Vaccination in Bombay 1889-1901 - 1889-1901
Year: 1889
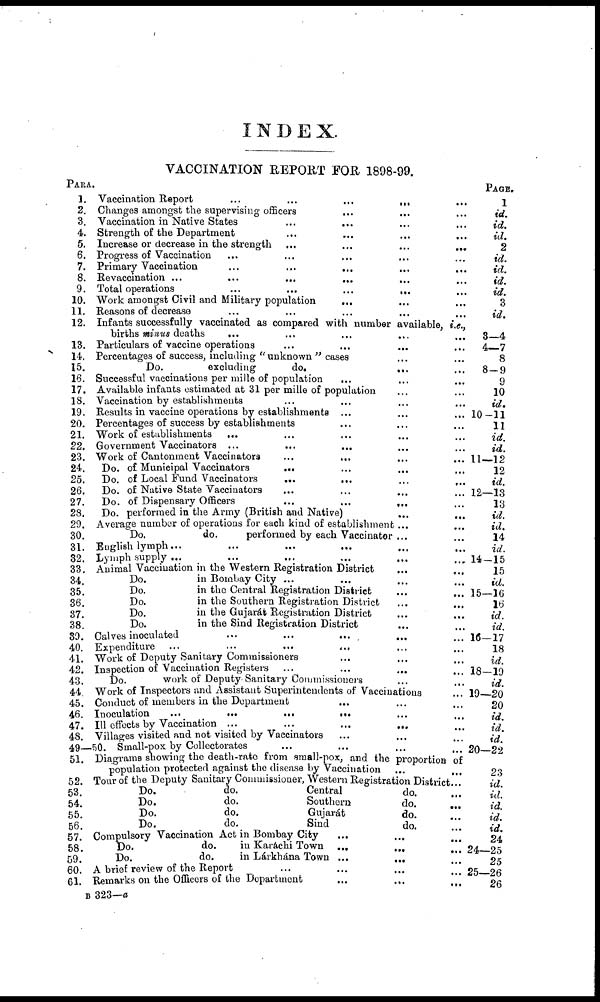
INDEX.
VACCINATION REPORT FOR 1898-99.
PARA.
1.
2.
3.
4.
5.
6.
7.
8.
9.
10.
11.
12.
13.
14.
15.
16.
17.
18.
19.
20.
21.
22.
23.
24.
25.
26.
27.
28.
29.
30.
31.
32.
33.
34.
35.
36.
37.
38.
39.
40.
41.
42.
43.
44.
45.
46.
47.
48.
49—50.
51.
52.
53.
54.
55.
56.
57.
58.
59.
60.
61.
Vaccination Report ... ... ... ... ...
Changes amongst the supervising officers ... ... ...
Vaccination in Native States
... ... ... ...
Strength of the Department ... ... ... ...
Increase or decrease in the strength ... ... ... ...
Progress of Vaccination ... ... ... ... ...
Primary Vaccination ... ... ... ... ...
Revaccination ... ... ... ... ... ...
Total operations
...
...
...
...
...
Work amongst Civil and Military population
... ... ...
Reasons of decrease ... ... ... ... ...
Infants successfully vaccinated as compared with number available i.e.
births minus deaths
... ... ... ... ...
Particulars of vaccine operations ... ... ... ...
Percentages of success, including "unknown " cases ... ...
Do.
excluding
do. ... ...
Successful vaccinations per mille of population
... ... ...
Available infants estimated at 31 per mille of population ... ...
Vaccination by establishments ... ... ... ...
Results in vaccine operations by establishments ... ... ...
Percentages of success by establishments ... ... ...
Work of establishments ... ... ... ... ...
Government Vaccinators ... ... ... ... ...
Work of Cantonment Vaccinators
...
... ... ...
Do. of Municipal Vaccinators
... ... ... ...
Do. of Local Fund Vaccinators
...
... ... ...
Do. of Native State Vaccinators ... ... ... ...
Do. of Dispensary Officers
...
...
...
...
Do. performed in the Army (British and Native) ... ...
Average number of operations for each kind of establishment ... ...
Do.
do.
performed by each Vaccinator ... ...
English lymph...
...
...
... ... ...
Lymph supply ... ... ... ... ... ...
Animal Vaccination in the Western Registration District ... ...
Do.
in Bombay City ... ... ... ...
Do.
in the Central Registration District ... ...
Do.
in the Southern Registration District ... ...
Do.
in the Gujarát Registration District ... ...
Do.
in the Sind Registration District ... ...
Calves inoculated ... ... ... ... ...
Expenditure ...
...
...
... ... ...
Work of Deputy Sanitary Commissioners ... ... ...
Inspection of Vaccination Registers ...
...
...
...
Do.
work of Deputy Sanitary Commissioners ... ...
Work of Inspectors and Assistant Superintendents of Vaccinations
Conduct of members in the Department ... ... ...
Inoculation
...
...
...
... ... ...
Ill effects by Vaccination ... ... ... ... ...
Villages visited and not visited by Vaccinators ... ... ...
Small-pox by Collectorates ... ... ... ...
Diagrams showing the death-rate from small-pox, and the proportion of
population protected against the disease by Vaccination ... ...
Tour of the Deputy Sanitary Commissioner, Western Registration District...
Do.
do.
Central
do.
...
Do.
do.
Southern
do. ...
Do.
do.
Gujarát
do".
...
Do.
do.
Sind
do. ...
Compulsory Vaccination Act in Bombay City
...
...
...
Do.
do.
in Karachi Town ...
...
...
Do.
do.
in Lárkhána Town ...
...
...
A brief review of the Report ... ... ... ...
Remarks on the Officers of the Department
...
...
...
PAGE.
1
id.
id.
id.
2
id.
id.
id.
id.
3
id.
3—4
4—7
8
8—9
9
10
id.
10—11
11
id.
id.
11—12
12
id.
12—13
13
id.
id.
14
id.
14—15
15
id.
15—16
16
id.
id.
16—17
18
id.
18—19
id.
19—20
20
id.
id.
id.
20—22
23
id.
id.
id.
id.
id
24
24—25
25
25—26
26
B 323—a